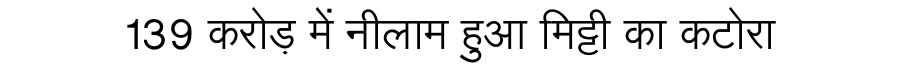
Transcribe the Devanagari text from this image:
139 करोड़ में नीलाम हुआ मिट्टी का कटोरा